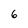
Character: 6